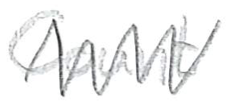
Text: Count
Cross-out: zig-zag
Writing tool: pencil